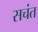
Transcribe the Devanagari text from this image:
सचंत